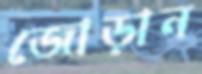
জোড়ান